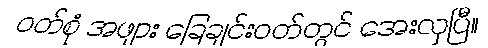
ဝတ်စုံ အဖျား ခြေချင်းဝတ်တွင် အေးလှပြီ။